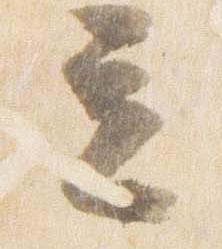
立